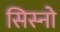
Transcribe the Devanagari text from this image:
सिस्नो